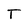
Character: T